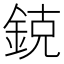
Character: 鋴